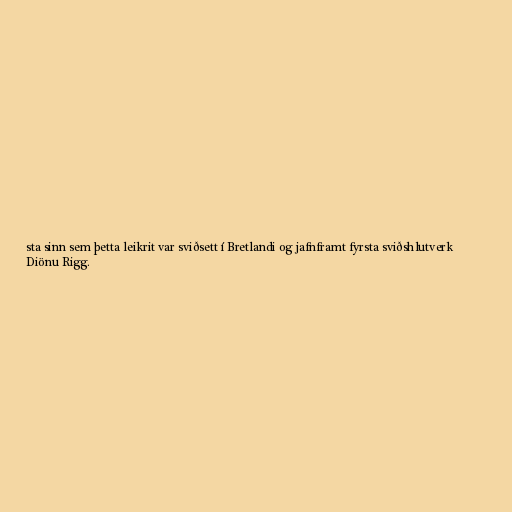
sta sinn sem þetta leikrit var sviðsett í Bretlandi og jafnframt fyrsta sviðshlutverk
Diönu Rigg.